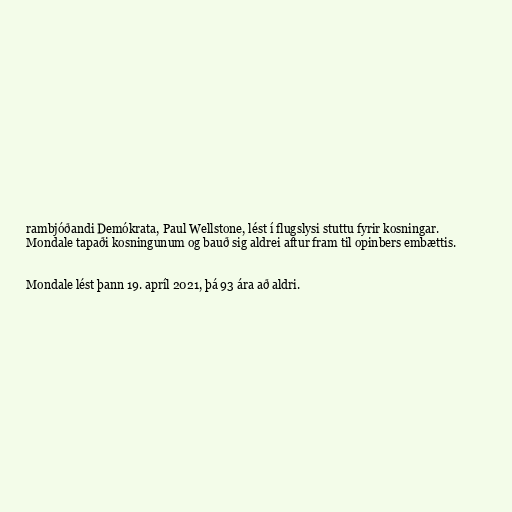
rambjóðandi Demókrata, Paul Wellstone, lést í flugslysi stuttu fyrir kosningar.
Mondale tapaði kosningunum og bauð sig aldrei aftur fram til opinbers embættis.

Mondale lést þann 19. apríl 2021, þá 93 ára að aldri.